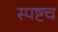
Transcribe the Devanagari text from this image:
स्पष्टच